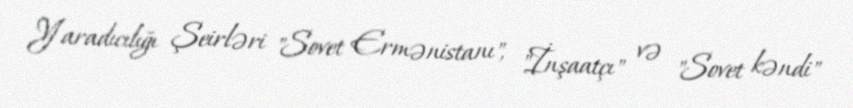
Yaradıcılığı Şeirləri "Sovet Ermənistanı", "İnşaatçı" və "Sovet kəndi"